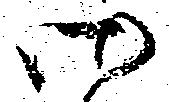
御